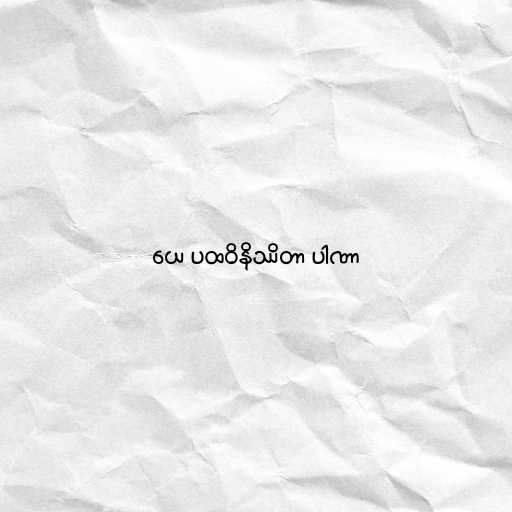
ယေ ပထဝိနိဿိတာ ပါဏာ